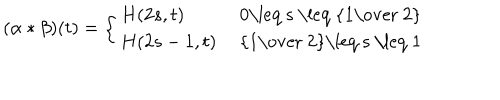
( \alpha \ast \beta ) ( t ) = \left\{ \begin{array} { l l } { { H ( 2 s , t ) } } & { { \mathrm { ~ 0 \leq ~ s ~ \leq ~ { \frac { 1 } { ~ 2 } } ~ } } } \\ { { H ( 2 s - 1 , t ) } } & { { \mathrm { ~ { \frac { 1 } { ~ 2 } } \leq ~ s ~ \leq ~ 1 ~ } } } \\ \end{array} \right.